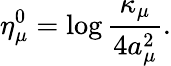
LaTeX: \eta_{\mu}^{0}=\log\frac{\kappa_{\mu}}{4a_{\mu}^{2}}.